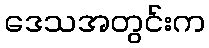
ဒေသအတွင်းက